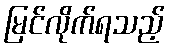
မြင်လိုက်ရသည့်